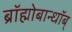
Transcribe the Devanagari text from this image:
ब्रॉह्मोबान्धॉब्